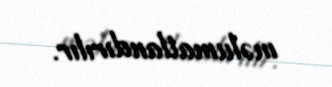
məlumatlandırılır.